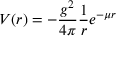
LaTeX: V ( r ) = - { \frac { g ^ { 2 } } { 4 \pi } } { \frac { 1 } { r } } e ^ { - \mu r }